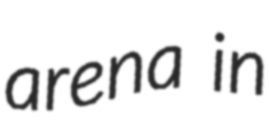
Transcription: arena in